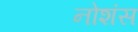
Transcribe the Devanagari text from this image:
नोशंस